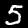
Label: 5